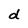
Character: d